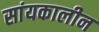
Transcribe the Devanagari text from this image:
सांयकालीन